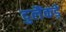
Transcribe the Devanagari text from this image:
दुलैंकड़े